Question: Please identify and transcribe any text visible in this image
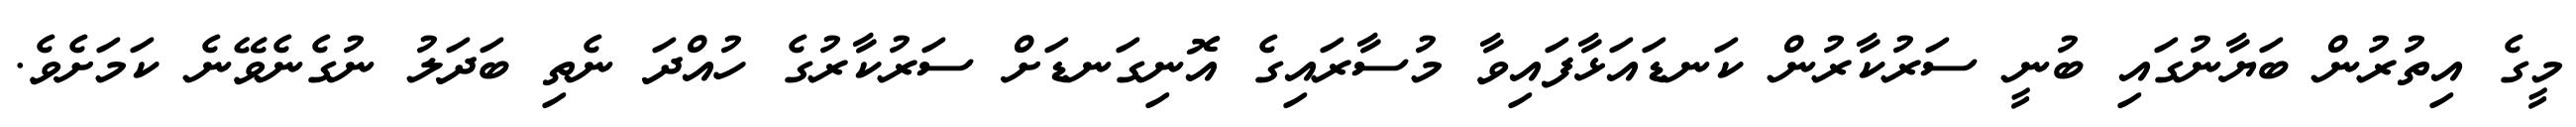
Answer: މީގެ އިތުރުން ބަޔާނުގައި ބުނީ ސަރުކާރުން ކަނޑައަޅާފައިވާ މުސާރައިގެ އޮނިގަނޑަށް ސަރުކާރުގެ ހުއްދަ ނެތި ބަދަލު ނުގެނެވޭނެ ކަމަށެވެ.